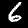
Digit: 6